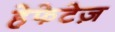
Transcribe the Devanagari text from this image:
हेफेटेज़